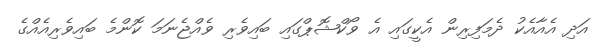
އަދި އެއާއެކު ދެމަފިރިން އެކީގައި އެ ވޯކްޝޮޕްގައި ބައިވެރި ވެއްޖެނަމަ ކޮންމެ ބައިވެރިއެއްގެ